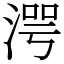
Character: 湂